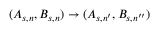
( A _ { s , n } , B _ { s , n } ) \rightarrow ( A _ { s , n ^ { \prime } } , B _ { s , n ^ { \prime \prime } } )